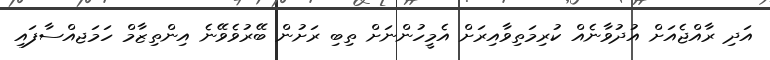
އަދި ރާއްޖެއަށް އުދުވާނެއް ކުރިމަތިވާއިރަށް އެމީހުންނަށް ތިބި ރަށުން ބޭރުވެވޭނެ އިންތިޒާމް ހަމަޖއްސާފައި